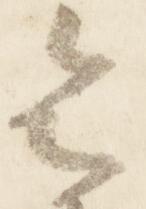
令